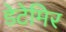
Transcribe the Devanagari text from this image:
डेटेमिर